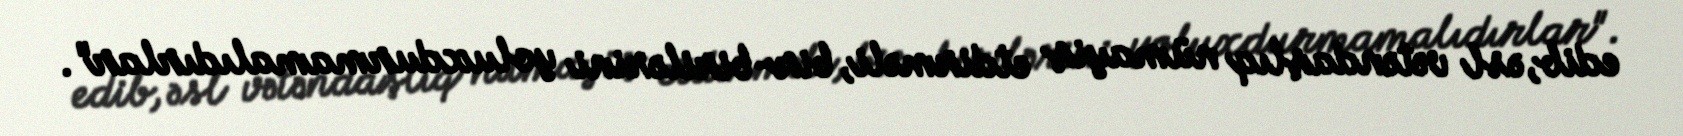
edib, əsl vətəndaşlıq nümayiş etdirməli, bir-birilərini yoluxdurmamalıdırlar".